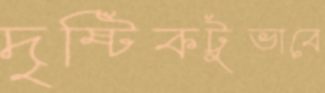
দৃষ্টিকটুভাবে